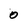
Character: 0